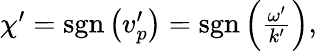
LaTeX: \begin{array}{r}{\chi^{\prime}=\mathrm{sgn}\left(v_{p}^{\prime}\right)=\mathrm{sgn}\left(\frac{\omega^{\prime}}{k^{\prime}}\right),}\end{array}